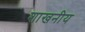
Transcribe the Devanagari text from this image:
शाखनीय